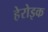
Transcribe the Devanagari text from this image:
हेरोइक